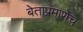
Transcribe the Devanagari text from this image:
बेताप्रमाणेच